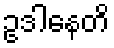
ဥဒါနေတိ